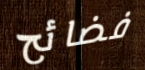
فضائح